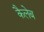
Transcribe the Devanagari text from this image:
कैलेब